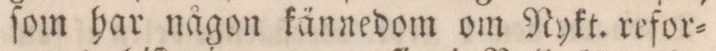
ſom har någon kännedom om Nykt. refor=